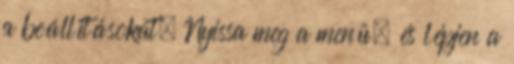
a beállításokat. Nyissa meg a menü, és lépjen a